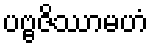
ပဗ္ဗဇိဿာမဟံ